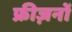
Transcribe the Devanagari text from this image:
फ्रीज़नों